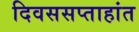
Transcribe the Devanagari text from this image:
दिवससप्ताहांत